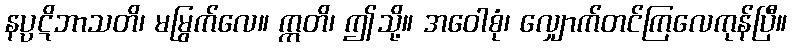
နပ္ပဋိဘာသတိ၊ မမြွက်လေ။ ဣတိ၊ ဤသို့။ အဝေါစုံ၊ လျှောက်တင်ကြလေကုန်ပြီ။